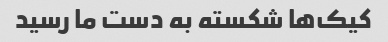
کیک‌ها شکسته به دست ما رسید